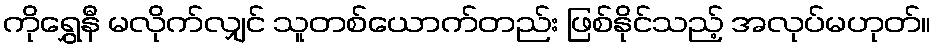
ကိုရွှေနီ မလိုက်လျှင် သူတစ်ယောက်တည်း ဖြစ်နိုင်သည့် အလုပ်မဟုတ်။